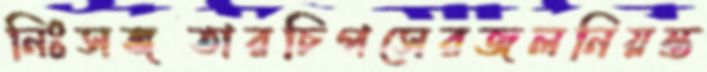
নিঃসঙ্গতারচিপসেরজলনিয়ন্ত